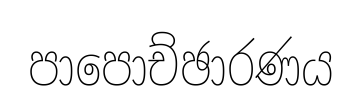
පාපොච්ඡාරණය